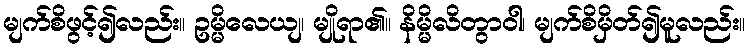
မျက်စိဖွင့်၍လည်း။ ဥမ္မိလေယျ၊ မျိုရာ၏။ နိမ္မိလိတွာဝါ၊ မျက်စိမှိတ်၍မူလည်း။